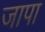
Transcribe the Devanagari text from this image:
जापा